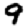
Digit: 9